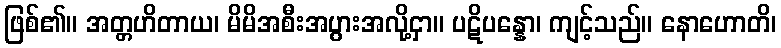
ဖြစ်၏။ အတ္တဟိတာယ၊ မိမိအစီးအပွားအလို့ငှာ။ ပဋိပန္နော၊ ကျင့်သည်။ နောဟောတိ၊